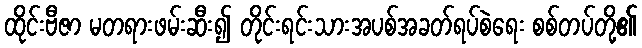
ထိုင်းဗီဇာ မတရားဖမ်းဆီး၍ တိုင်းရင်းသားအပစ်အခတ်ရပ်စဲရေး စစ်တပ်တို့၏